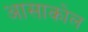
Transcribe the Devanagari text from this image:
आसाकोल